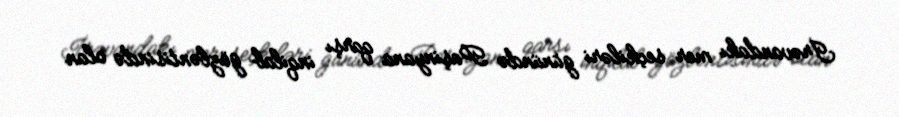
İrəvandakı mer seçkiləri günündə Paşinyana qarşı inqilab gözləntisində olan